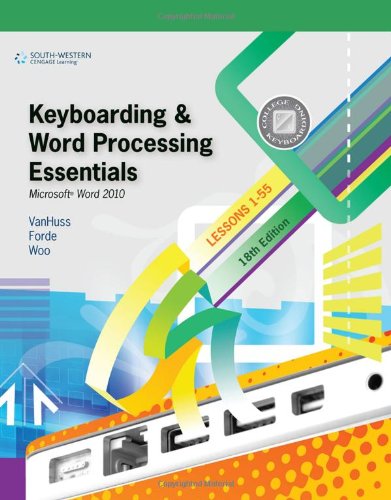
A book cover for Keyboarding and Word Processing Essentials, Lessons 1-55: Microsoft Word 2010 (Available Titles Keyboarding Pro Deluxe); Susie H. VanHuss; Business & Money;